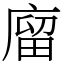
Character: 廇